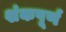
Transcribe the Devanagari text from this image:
शंकपूर्ण